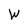
Character: W